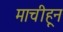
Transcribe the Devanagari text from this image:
माचीहून